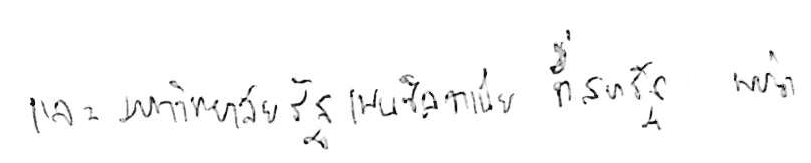
และมหาวิทยาลัยรัฐเพนซิลวาเนีย ที่สหรัฐ พบว่า